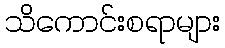
သိကောင်းစရာများ